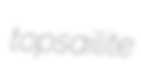
topsailite